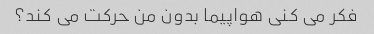
فکر می کنی هواپیما بدون من حرکت می کند؟